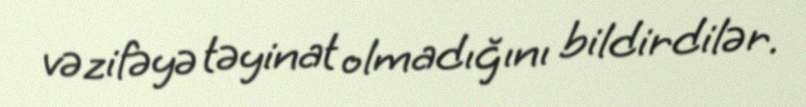
vəzifəyə təyinat olmadığını bildirdilər.